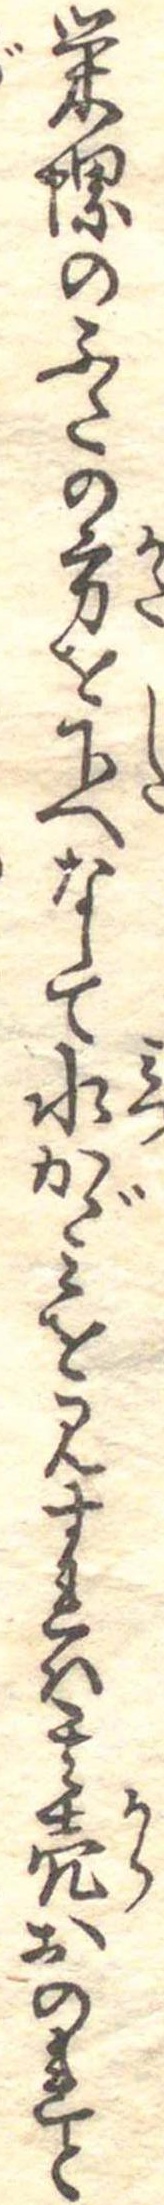
栄螺のふたの方を下へなして水かゞみを見すれは其殻おのれと